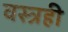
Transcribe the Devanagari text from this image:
वस्त्रही